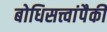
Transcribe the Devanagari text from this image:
बोधिसत्त्वांपैकी